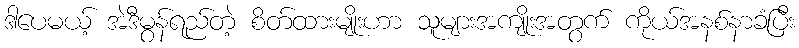
ဒါပေမယ့် အဲဒီမွန်ရည်တဲ့ စိတ်ထားမျိုးဟာ သူများအကျိုးအတွက် ကိုယ်အနစ်နာခံပြီး